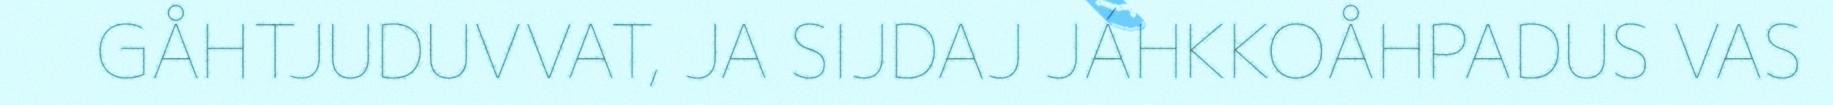
GÅHTJUDUVVAT, JA SIJDAJ JÁHKKOÅHPADUS VAS